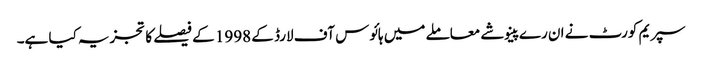
سپریم کورٹ نے ان رے پینوشے معاملے میں ہائوس آف لارڈ کے 1998 کے فیصلے کا تجزیہ کیا ہے۔